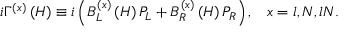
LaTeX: i \Gamma ^ { ( x ) } \left( H \right) \equiv i \left( B _ { L } ^ { ( x ) } \left( H \right) P _ { L } + B _ { R } ^ { ( x ) } \left( H \right) P _ { R } \right) , \; \; \; x = l , N , l N .